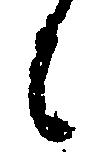
に